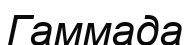
Гаммада